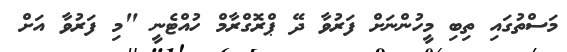
މަސްތުގައި ތިބި މީހުންނަށް ފަރުވާ ދޭ ޕްރޮގްރާމް ހުއްޓެނީ "މި ފަރުވާ އަށް